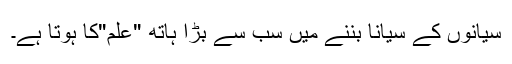
سیانوں کے سیانا بننے میں سب سے بڑا ہاتھ "علم"کا ہوتا ہے۔